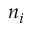
n _ { i }